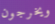
ويخرجون